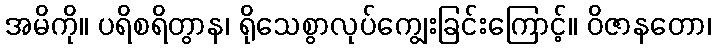
အမိကို။ ပရိစရိတွာန၊ ရိုသေစွာလုပ်ကျွေးခြင်းကြောင့်။ ဝိဇာနတော၊